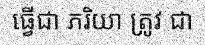
ធ្វើជា ភរិយា ត្រូវ ជា